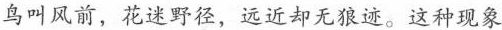
鸟叫风前，花迷野径，远近却无狼迹。这种现象